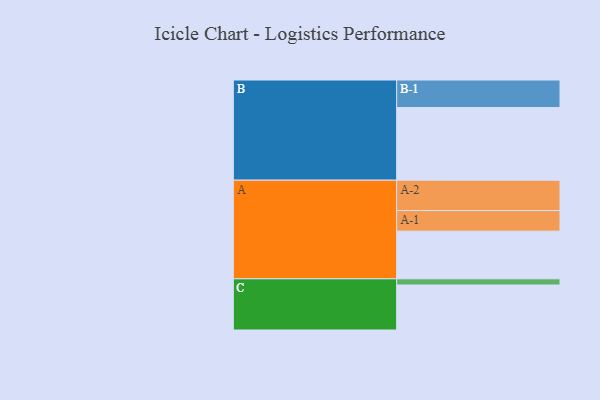
{"axis": {"x": "Segment", "y": "Value"}, "legend": ["", "A", "B", "C"], "data": [{"x": "A", "y": 393, "type": ""}, {"x": "B", "y": 599, "type": ""}, {"x": "C", "y": 371, "type": ""}, {"x": "A-1", "y": 170, "type": "A"}, {"x": "A-2", "y": 250, "type": "A"}, {"x": "B-1", "y": 227, "type": "B"}, {"x": "C-1", "y": 51, "type": "C"}]}